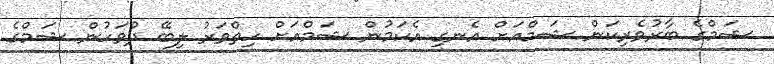
ޝަމްގެ ބާރުވެރިކަން ޝަމްއަށް އެނގި އެކަމުން ޝަމްއަށް ހިތްވަރު ލިބޭ ދުވަހުން ޝަމްގެ